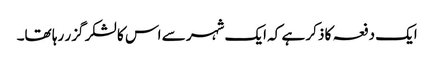
ایک دفعہ کا ذکر ہے کہ ایک شہر سے اس کا لشکر گزر رہا تھا۔